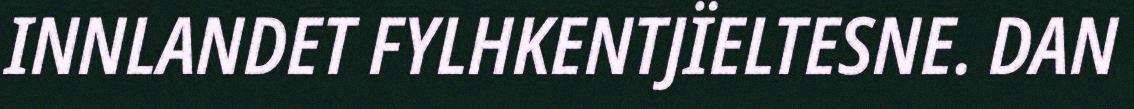
INNLANDET FYLHKENTJÏELTESNE. DAN